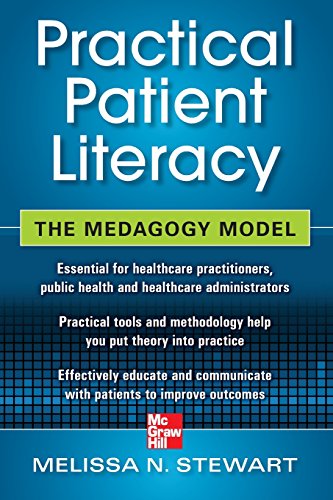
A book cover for Practical Patient Literacy: The Medagogy Model; Melissa Stewart; Medical Books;